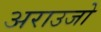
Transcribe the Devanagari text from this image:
अराउजो